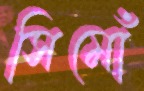
সিমোঁ